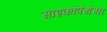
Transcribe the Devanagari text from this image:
साइकोपेथेया